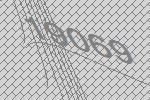
19069